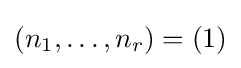
(n_{1},\ldots ,n_{r})=(1)